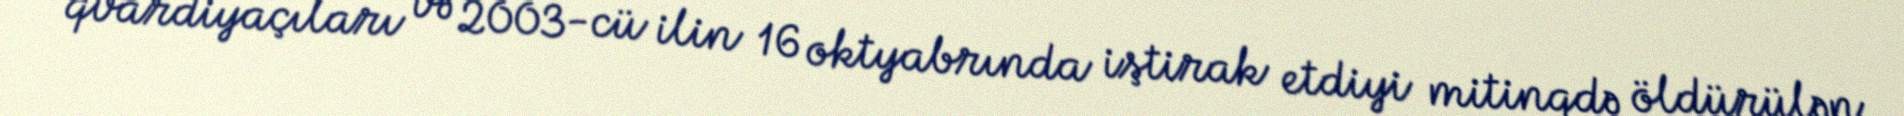
qvardiyaçıları və 2003-cü ilin 16 oktyabrında iştirak etdiyi mitinqdə öldürülən